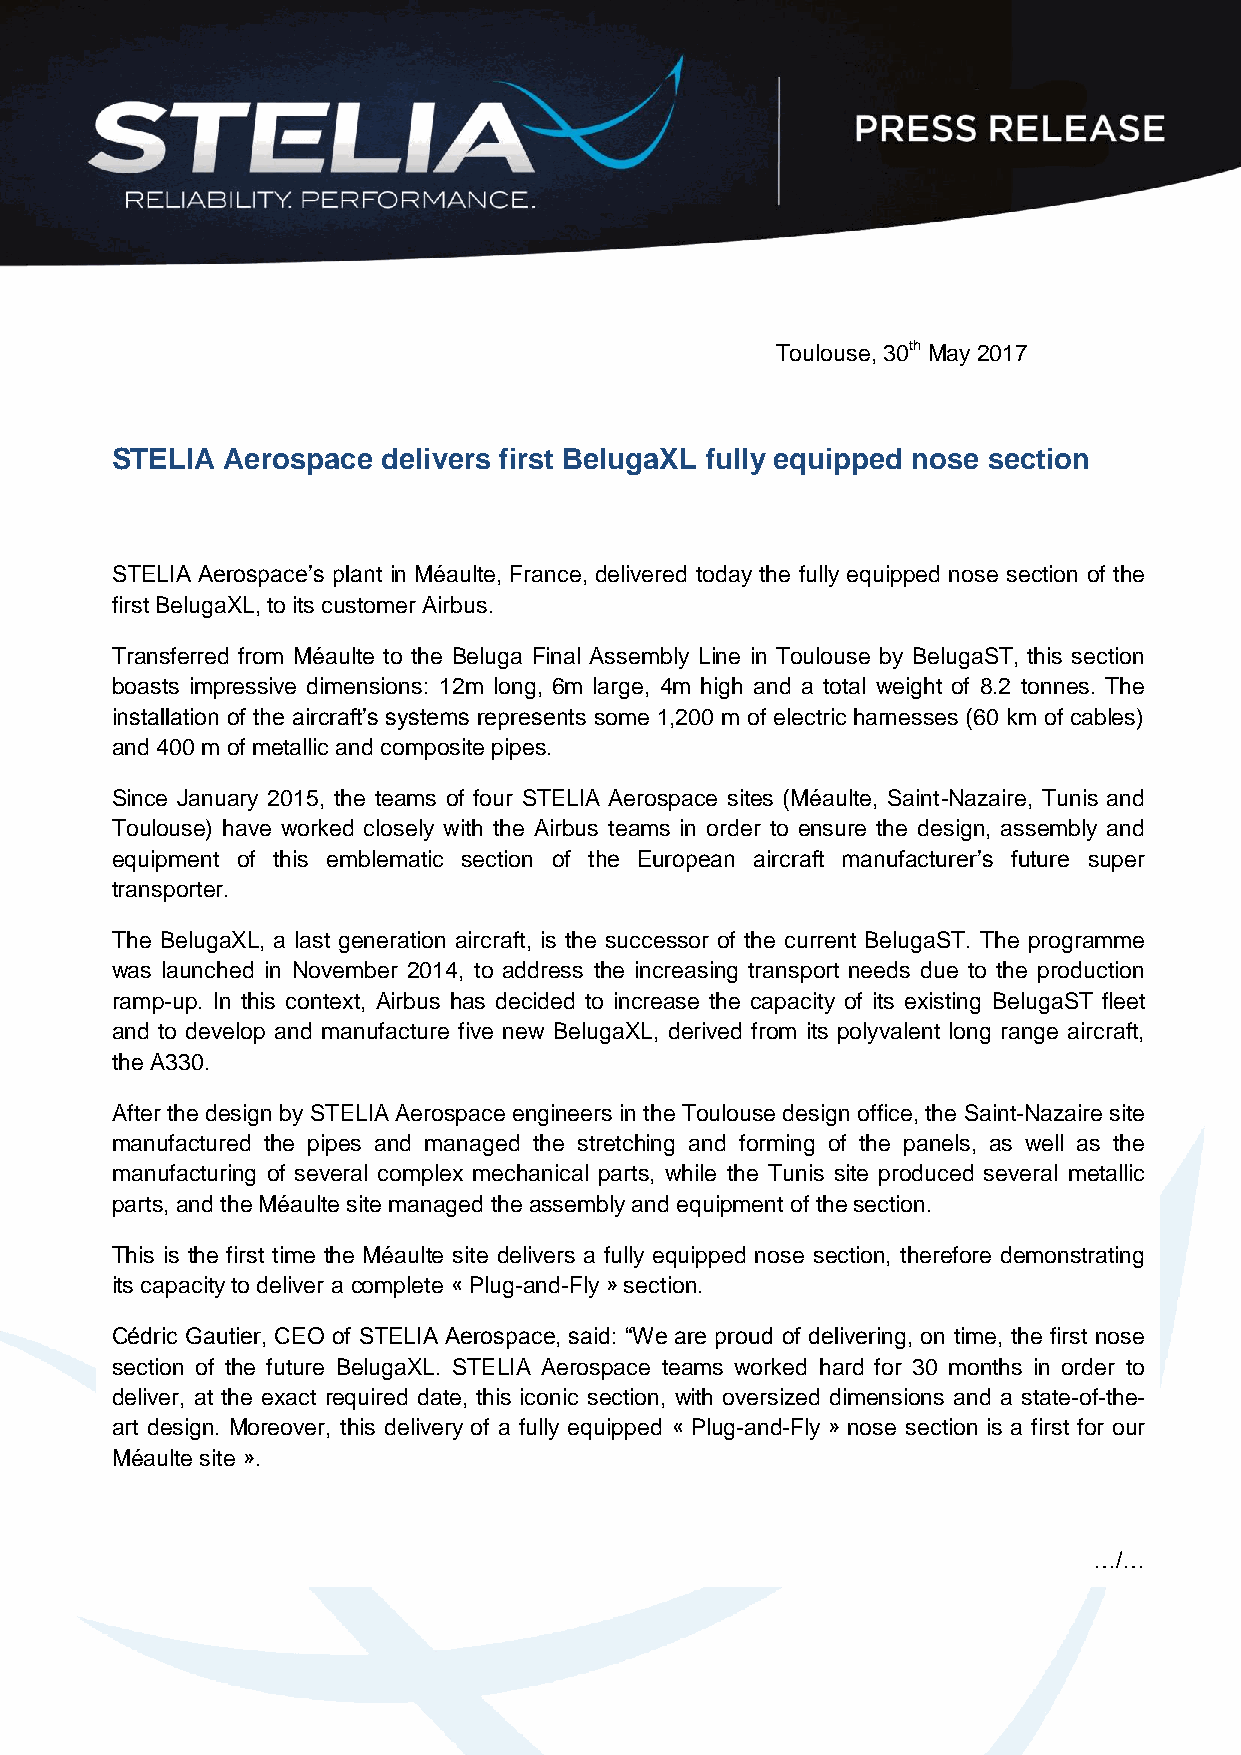
Toulouse, 30th May 2017
 STELIA  Aerospace delivers first BelugaXL fully equipped nose section
 STELIA Aerospace’s plant in Méaulte, France, delivered today the fully equipped nose section of the
 first BelugaXL, to its customer Airbus.
 Transferred from Méaulte to the Beluga Final Assembly Line in Toulouse by BelugaST, this section
 boasts impressive dimensions: 12m long, 6m large, 4m high and a total weight of 8.2 tonnes. The
 installation of the aircraft’s systems represents some 1,200 m of electric harnesses (60 km of cables)
 and 400 m of metallic and composite pipes.
 Since January 2015, the teams of four STELIA Aerospace sites (Méaulte, Saint-Nazaire, Tunis and
 Toulouse) have worked closely with the Airbus teams in order to ensure the design, assembly and
 equipment of this emblematic section of the European aircraft manufacturer’s future super
 transporter.
 The BelugaXL, a last generation aircraft, is the successor of the current BelugaST. The programme
 was launched in November 2014, to address the increasing transport needs due to the production
 ramp-up. In this context, Airbus has decided to increase the capacity of its existing BelugaST fleet
 and to develop and manufacture five new BelugaXL, derived from its polyvalent long range aircraft,
 the A330.
 After the design by STELIA Aerospace engineers in the Toulouse design office, the Saint-Nazaire site
 manufactured the pipes and managed the stretching and forming of the panels, as well as the
 manufacturing of several complex mechanical parts, while the Tunis site produced several metallic
 parts, and the Méaulte site managed the assembly and equipment of the section.
 This is the first time the Méaulte site delivers a fully equipped nose section, therefore demonstrating
 its capacity to deliver a complete « Plug-and-Fly » section.
 Cédric Gautier, CEO of STELIA Aerospace, said: “We are proud of delivering, on time, the first nose
 section of the future BelugaXL. STELIA Aerospace teams worked hard for 30 months in order to
 deliver, at the exact required date, this iconic section, with oversized dimensions and a state-of-the-
 art design. Moreover, this delivery of a fully equipped « Plug-and-Fly » nose section is a first for our
 Méaulte site ».
 …/…
 The next step for STELIA Aerospace will be the delivery, this summer, of the upper fuselage/ cargo
 door sub-assembly, currently being manufactured on the Rochefort site.